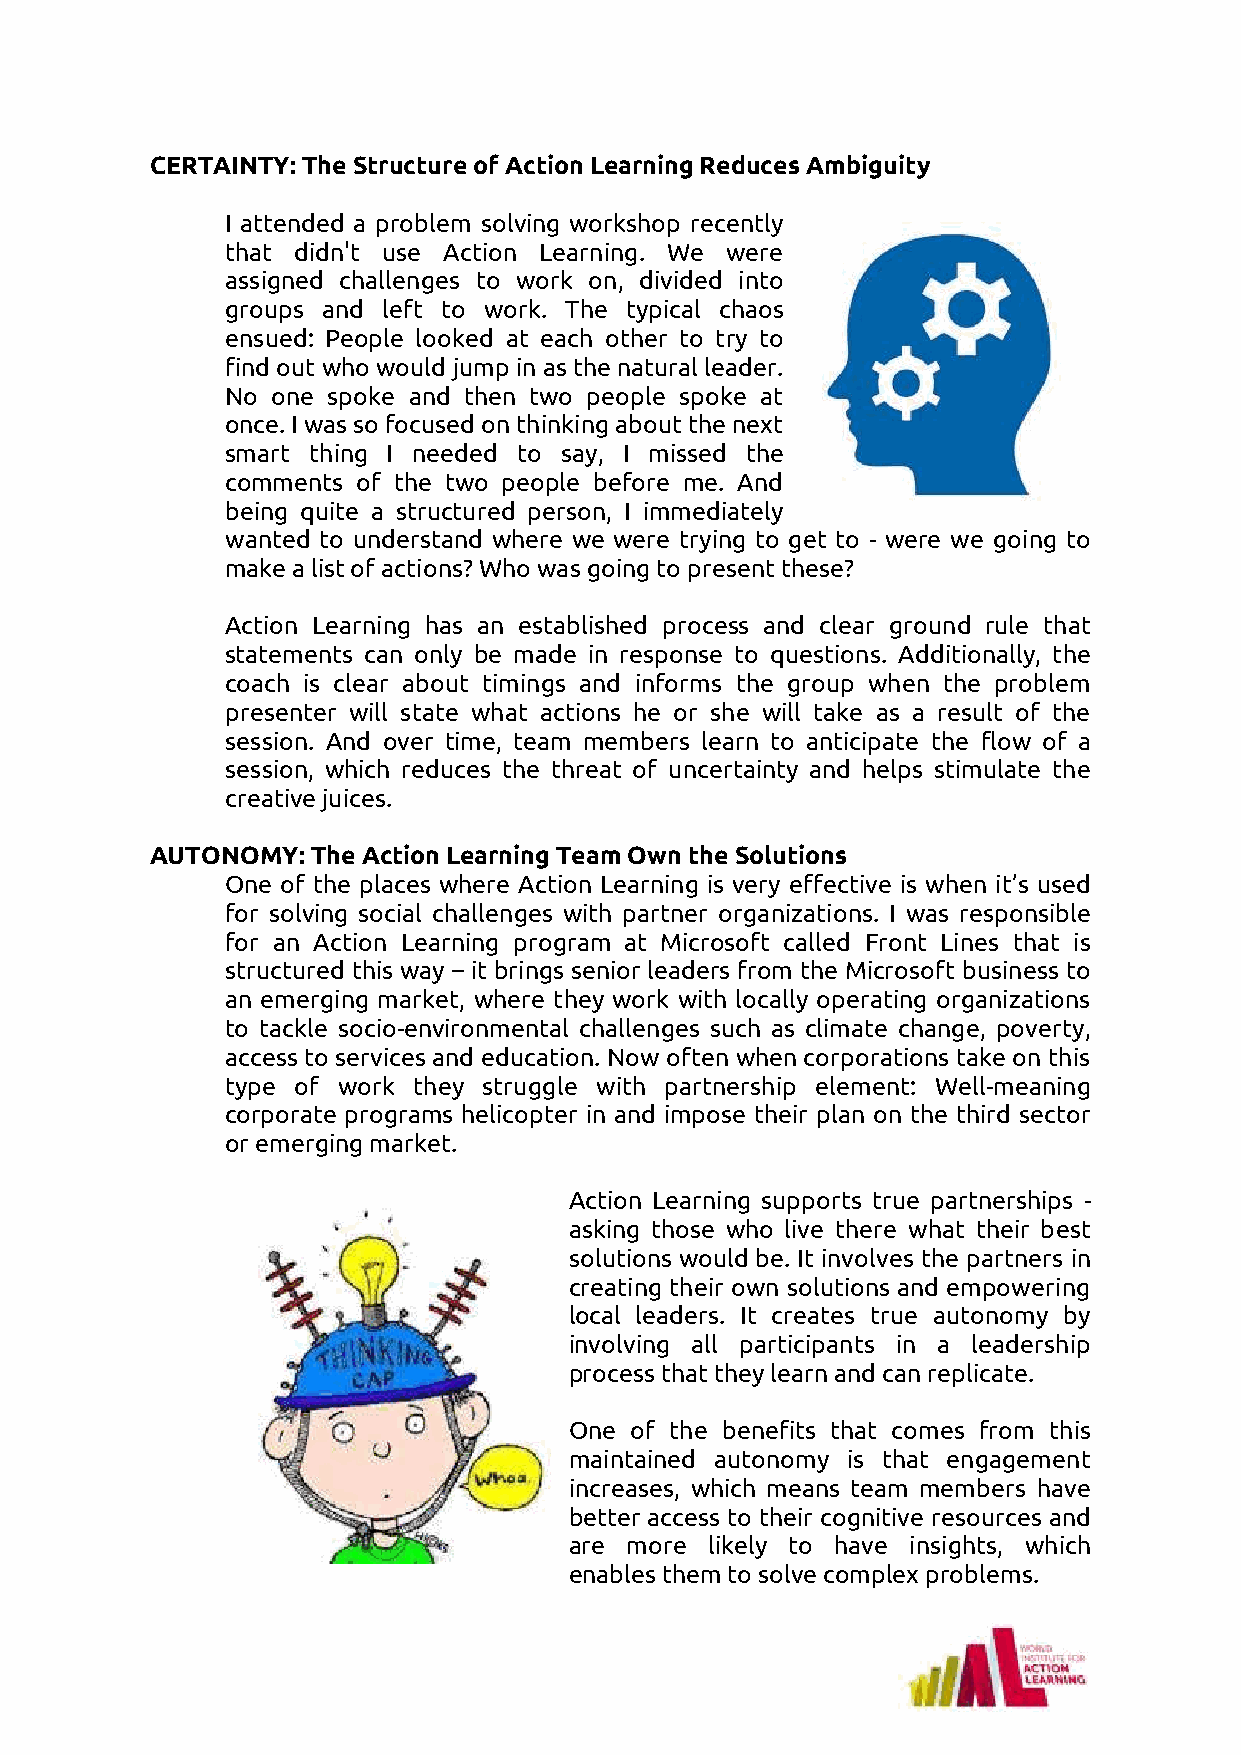
CERTAINTY: The Structure of Action Learning Reduces Ambiguity
 I attended a problem solving workshop recently
 that didn't use Action Learning. We were
 assigned challenges to work on, divided into
 groups and left to work. The typical chaos
 ensued: People looked at each other to try to
 find out who would jump in as the natural leader.
 No one spoke and then two people spoke at
 once. I was so focused on thinking about the next
 smart thing I needed to say, I missed the
 comments of the two people before me. And
 being quite a structured person, I immediately
 wanted to understand where we were trying to get to - were we going to
 make a list of actions? Who was going to present these?
 Action Learning has an established process and clear ground rule that
 statements can only be made in response to questions. Additionally, the
 coach is clear about timings and informs the group when the problem
 presenter will state what actions he or she will take as a result of the
 session. And over time, team members learn to anticipate the flow of a
 session, which reduces the threat of uncertainty and helps stimulate the
 creative juices.
 AUTONOMY:  The Action Learning Team Own the Solutions
 One of the places where Action Learning is very effective is when it’s used
 for solving social challenges with partner organizations. I was responsible
 for an Action Learning program at Microsoft called Front Lines that is
 structured this way – it brings senior leaders from the Microsoft business to
 an emerging market, where they work with locally operating organizations
 to tackle socio-environmental challenges such as climate change, poverty,
 access to services and education. Now often when corporations take on this
 type of work they struggle with partnership element: Well-meaning
 corporate programs helicopter in and impose their plan on the third sector
 or emerging market.
 Action Learning supports true partnerships -
 asking those who live there what their best
 solutions would be. It involves the partners in
 creating their own solutions and empowering
 local leaders. It creates true autonomy by
 involving all participants in a leadership
 process that they learn and can replicate.
 One of the benefits that comes from this
 maintained autonomy is that engagement
 increases, which means team members have
 better access to their cognitive resources and
 are more likely to have insights, which
 enables them to solve complex problems.